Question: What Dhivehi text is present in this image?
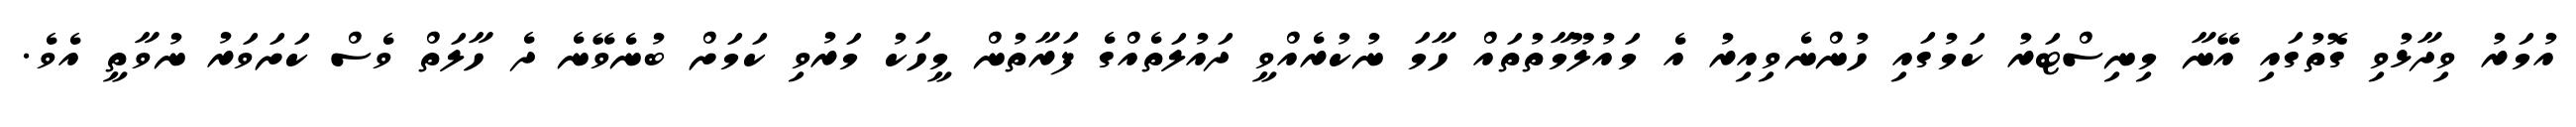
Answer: އުމަރު ވިދާޅުވި ގޮތުގައި އޭނާ މިނިސްޓަރު ކަމުގައި ހުންނެވިއިރު އެ މައުލޫމާތުތައް ހާމަ ނުކުރެއްވީ ދައުލަތެއްގެ ފަރާތުން މީހަކު މަރުވި ކަމަށް ބުނެވޭނެ ދެ ހާލަތް ވެސް ކަށަވަރު ނުވާތީ އެވެ.